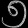
Digit: ၅